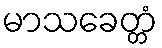
မာသခေတ္တံ